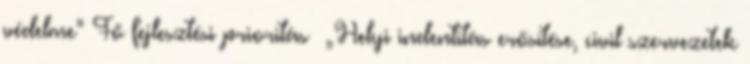
védelme” Fő fejlesztési prioritás ▪„Helyi indentitás erősítése, civil szervezetek